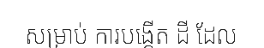
សម្រាប់ ការបង្កើត ដី ដែល